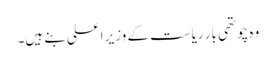
وہ چوتھی بار ریاست کے وزیر اعلی بنے ہیں۔